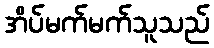
အိပ်မက်မက်သူသည်